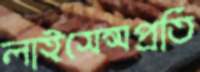
লাইসেন্সপ্রতি